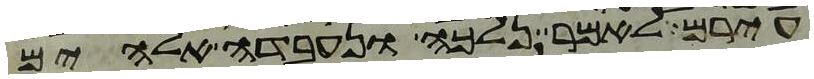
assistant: עירם לאמר נלכה ונעבדה אלהים